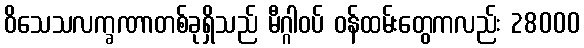
ဝိသေသလက္ခဏာတစ်ခုရှိသည် မီဂ္ဂါဝပ် ဝန်ထမ်းတွေကလည်း 28000